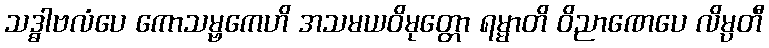
သဒ္ဓါဗလံပေ ကောသမ္ဗကေဟိ အသမယဝိမုတ္တော ရမ္မာတိ ဝိညာဏေပေ လိမ္ပတီ